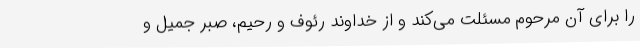
را برای آن مرحوم مسئلت می‌کند و از خداوند رئوف و رحیم، صبر جمیل و